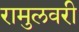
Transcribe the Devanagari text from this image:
रामुलवरी